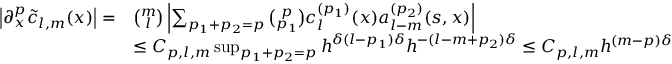
\begin{array} { r l } { \left| \partial _ { x } ^ { p } \tilde { c } _ { l , m } ( x ) \right| = } & { { \binom { m } { l } } \left| \sum _ { p _ { 1 } + p _ { 2 } = p } { \binom { p } { p _ { 1 } } } c _ { l } ^ { ( p _ { 1 } ) } ( x ) a _ { l - m } ^ { ( p _ { 2 } ) } ( s , x ) \right| } \\ & { \leq C _ { p , l , m } \operatorname* { s u p } _ { p _ { 1 } + p _ { 2 } = p } h ^ { \delta ( l - p _ { 1 } ) \delta } h ^ { - ( l - m + p _ { 2 } ) \delta } \leq C _ { p , l , m } h ^ { ( m - p ) \delta } } \end{array}